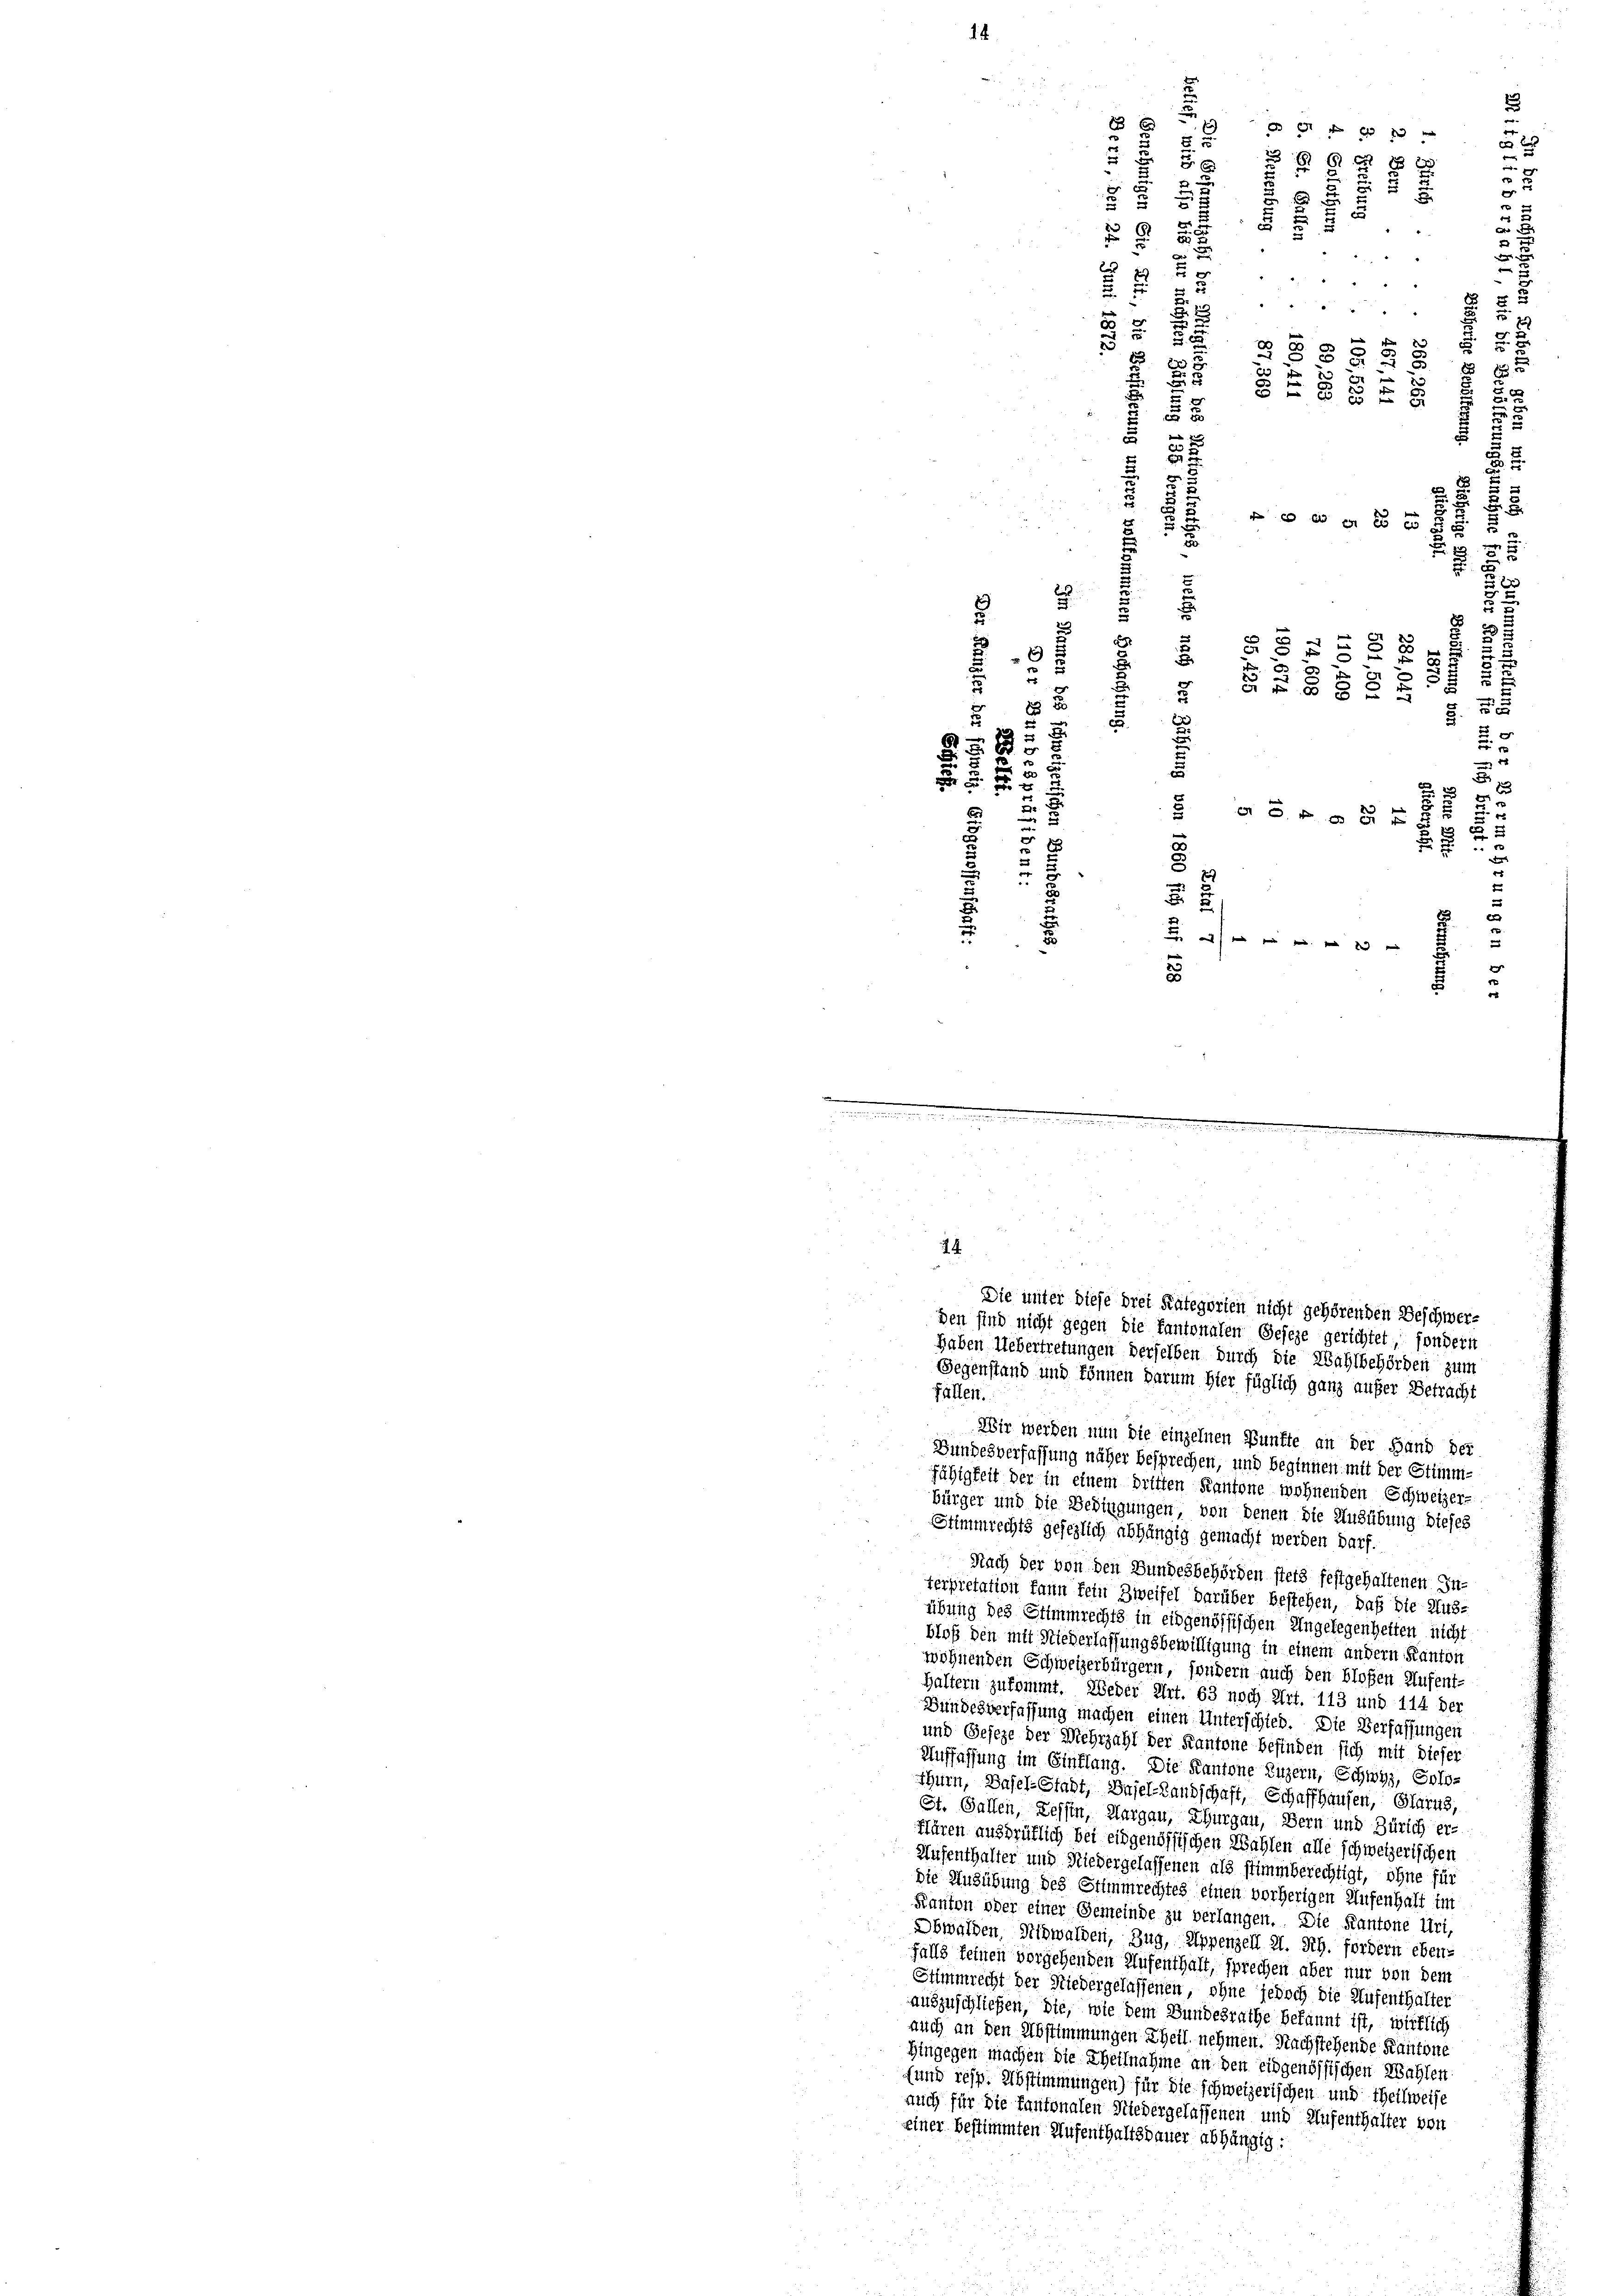
3
u
u
x

d

E
u
.
x
te
5
5.
.
d
5
 x x  x
.
5
7

2

 f 8 x
6

.
 8 f 8 x
.
2
u
.
 52

5
5
5
 5 x
.

2
zu
u
d
.
u.
d
282
u
2

d
2
2
s
2
2
1
.
t

 2 x 8
5.
55
u
.
2
2
.
 f 0 xx
2
u
d
n
5
u
u
u
e
58 f 0 x

8
3

5
5
e
u
5
.

Gegenstand und können darum hier füglich ganz aufer Betracht
fällen.
Wir werden nun die einzelnen Bünfte an der Hand der
8
sundesverfassung näher besprechen, und beginnen mit der Stimm-
fähigkeit der in einem dritten Kantone wohnenden Schweizer-
Bürger und die Bedingungen von denen die Ausübung dieses
Stimmrechts gesezlich abhängig gemacht werden darf.
i
Nach der von den Bundesbehörden stets festgehaltenen In-
terpretation kann kein Zweifel darüber bestehen, daß die Aus-
übung des Stimmrechts in eidgenössischen Angelegenheiten nicht
bloß den mit Niederlassungsbewilligung in einem andern Kanton
wohnenden Schweizerbürgern, sondern auch den bloßen Aufent-
Haltern zukommt. Weder Art. 63 noch Art. 113 und 114 der
Bundesverfassung machen einen Unterschied. Die Verfassungen
und Geseze der Mehrzahl der Kantone befinden sich mit dieser
Auffassung im Einflang. Die Kantone Luzern, Schwyz, Solo-
thurn, Basel-Stadt, Basel-Landschaft, Schaffhausen, Glarus,
St. Gallen, Tessin, Aargau, Thurgau, Bern und Zürich er-
flären ausdrüflich bei eidgenössischen Wahlen alle schweizerischen
Hufenthalter und Niedergelassenen als stimmberechtigt, ohne für
Die Ausübung des Stimmrechtes einen vorherigen Aufenhalt im
Kanton oder einer Gemeinde zu verlangen. Die Kantone Uri,
Obwalden, Nidwalden, Zug, Appenzell A. Rh. fordern ebens
falls keinen vorgehenden Aufenthalt, sprechen aber nur von dem
Stimmrecht der Niedergelassenen, ohne jedoch die Aufenthalter
auszuschließen, die, wie dem Bundesrathe bekannt ist, wirklich
auch an den Abstimmungen Theil nehmen. Nachstehende Kantone
Hingegen machen die Theilnahme an den eidgenössischen Wahlen:
(und resp. Abstimmungen) für die schweizerischen und theilweise
auch für die Kantonalen Niedergelassenen und Aufenthalter von
einer bestimmten Aufenthaltsdauer abhängig :

14
Die unter diese drei Kategorien nicht gehörenden Beschwerden sind nicht gegen die Kantonalen Geseze gerichtet, sondern
haben Uebertretungen derselben durch die Wahlbehörden zum